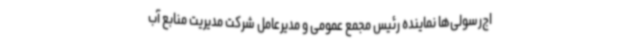
اج‌رسولی‌ها نماینده رئیس مجمع عمومی و مدیرعامل شرکت مدیریت منابع آب